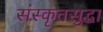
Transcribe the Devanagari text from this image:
संस्कृतसुद्धा